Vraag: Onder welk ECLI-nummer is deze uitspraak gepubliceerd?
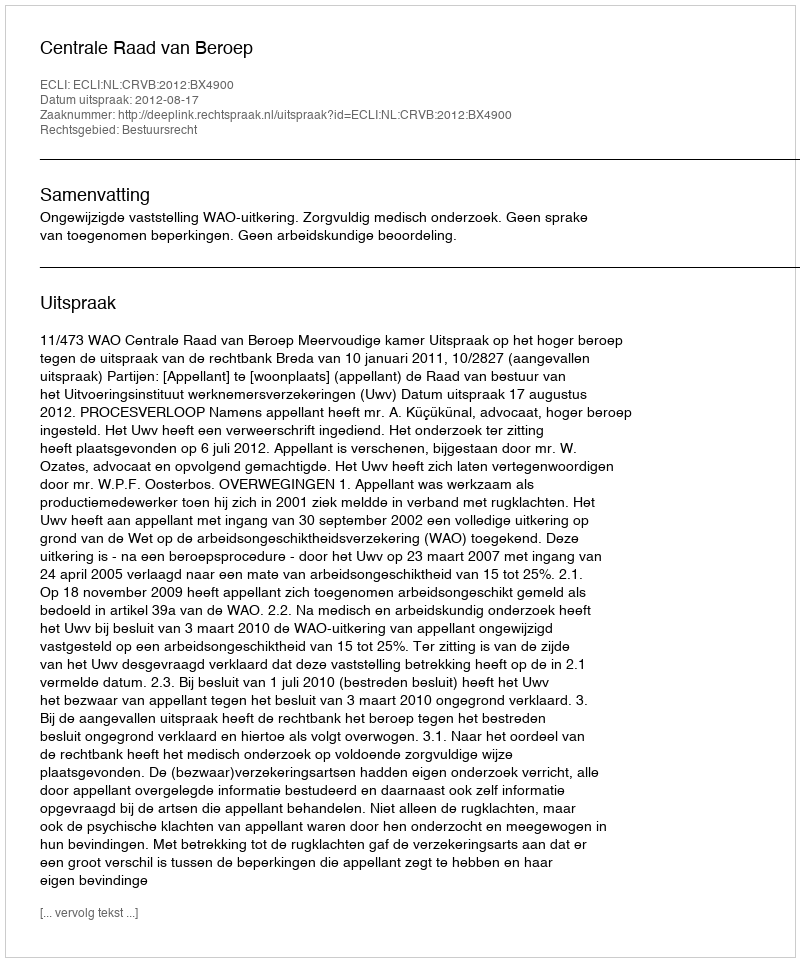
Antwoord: ECLI:NL:CRVB:2012:BX4900